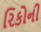
રિકોની